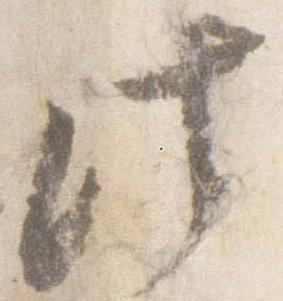
此